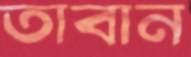
তাবান